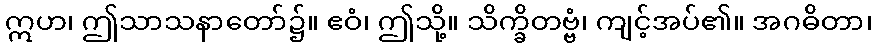
ဣဟ၊ ဤသာသနာတော်၌။ ဧဝံ၊ ဤသို့။ သိက္ခိတဗ္ဗံ၊ ကျင့်အပ်၏။ အဂဓိတာ၊